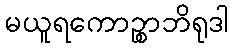
မယူရကောဉ္စာဘိရုဒါ